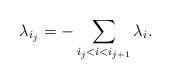
LaTeX: \begin{align*}\lambda_{i_j}=-\sum_{i_j<i<i_{j+1}}\lambda_i.\end{align*}